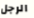
الرجل